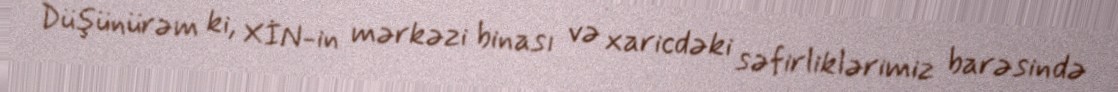
Düşünürəm ki, XİN-in mərkəzi binası və xaricdəki səfirliklərimiz barəsində